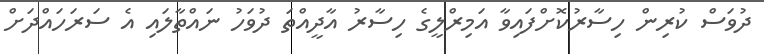
ދުވަސް ކުރިން ހިސާރުކޮށްފައިވާ އަމިރްލީގެ ހިސާރު އާދީއްތަ ދުވަހު ނައްތާލައި އެ ސަރަހައްދަށް